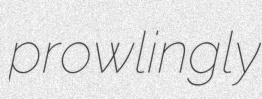
prowlingly